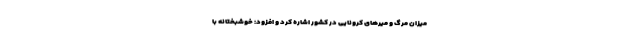
میزان مرگ و میرهای کرونایی در کشور اشاره کرد و افزود: خوشبختانه با